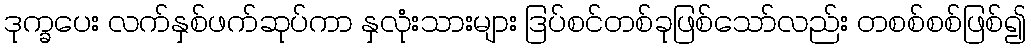
ဒုက္ခပေး လက်နှစ်ဖက်ဆုပ်ကာ နှလုံးသားများ ဒြပ်စင်တစ်ခုဖြစ်သော်လည်း တစစ်စစ်ဖြစ်၍